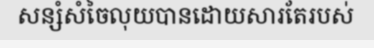
សន្សំសំចៃលុយបានដោយសារតែរបស់